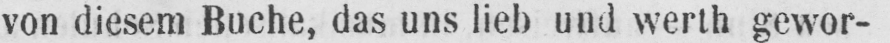
von diesem Buche, das uns lieb und werth gewor-